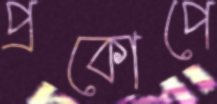
প্রকোপে